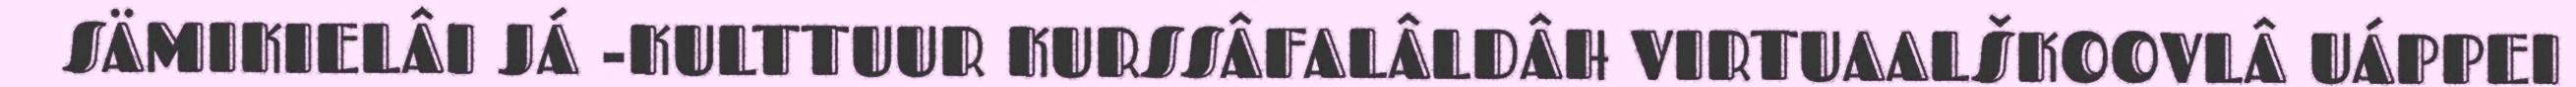
SÄMIKIELÂI JÁ -KULTTUUR KURSSÂFALÂLDÂH VIRTUAALŠKOOVLÂ UÁPPEI